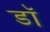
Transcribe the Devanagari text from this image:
डॉ